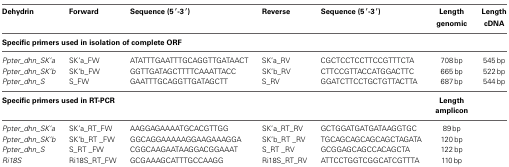
<table><thead><tr><td><b>Dehydrin</b></td><td><b>Forward</b></td><td><b>Sequence (5 ′-3 ′)</b></td><td><b>Reverse</b></td><td><b>Sequence (5 ′-3 ′)</b></td><td><b>Length genomic</b></td><td><b>Length cDNA</b></td></tr></thead><tbody><tr><td colspan="7"><b>Specific primers used in isolation of complete ORF</b></td></tr><tr><td><i>Ppter_dhn_SK′a</i></td><td>SK′a_FW</td><td>ATATTTGAATTTGCAGGTTGATAACT</td><td>SK′a_RV</td><td>CGCTCCTCCTTCCGTTTCTA</td><td>708 bp</td><td>545 bp</td></tr><tr><td><i>Ppter_dhn_SK′b</i></td><td>SK′b_FW</td><td>GGTTGATAGCTTTTCAAATTACC</td><td>SK′b_RV</td><td>CTTCCGTTACCATGGACTTC</td><td>665 bp</td><td>522 bp</td></tr><tr><td><i>Ppter_dhn_S</i></td><td>S_FW</td><td>GAATTTGCAGGTTGATAGCTT</td><td>S_RV</td><td>GGATCTTCCTGCTGTTACTTA</td><td>687 bp</td><td>544 bp</td></tr><tr><td colspan="5"><b>Specific primers used in RT-PCR</b></td><td><b>Length amplicon</b></td><td>[EMPTY_CELL]</td></tr><tr><td><i>Ppter_dhn_SK′a</i></td><td>SK′a_RT_FW</td><td>AAGGAGAAAATGCACGTTGG</td><td>SK′a_RT_RV</td><td>GCTGGATGATGATAAGGTGC</td><td>89 bp</td><td>[EMPTY_CELL]</td></tr><tr><td><i>Ppter_dhn_SK′b</i></td><td>SK′b_RT _FW</td><td>GGCAGGAAAAAGGAAGAAAGGA</td><td>SK′b_RT _RV</td><td>TGCAGCAGCAGCAGCTAGATA</td><td>120 bp</td><td>[EMPTY_CELL]</td></tr><tr><td><i>Ppter_dhn_S</i></td><td>S_RT _FW</td><td>CGGCAAGAATAAGGACGGAAAT</td><td>S_RT _RV</td><td>GCGGAGCAGCCACAGCTA</td><td>122 bp</td><td>[EMPTY_CELL]</td></tr><tr><td><i>Ri18S</i></td><td>Ri18S_RT_FW</td><td>GCGAAAGCATTTGCCAAGG</td><td>Ri18S_RT_RV</td><td>ATTCCTGGTCGGCATCGTTTA</td><td>110 bp</td><td>[EMPTY_CELL]</td></tr></tbody></table>